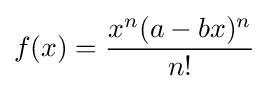
f(x)={\frac {x^{n}(a-bx)^{n}}{n!}}